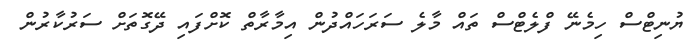
ޔުނިޓްސް ހިމެނޭ ފްލެޓްސް ތައް މާލެ ސަރަހައްދުން އިމާރާތް ކޮށްފައި ދޭގޮތަށް ސަރުކާރުން